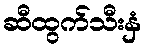
ဆီထွက်သီးနှံ